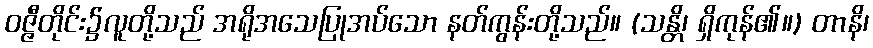
ဝဇ္ဇီတိုင်း၌လူတို့သည် အရိုအသေပြုအပ်သော နတ်ကွန်းတို့သည်။ (သန္တိ၊ ရှိကုန်၏။) တာနိ၊